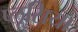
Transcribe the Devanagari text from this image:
प्लूसिया